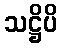
သဋ္ဌိပိ